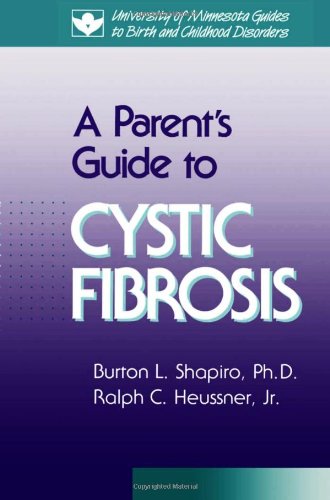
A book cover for Parent's Guide to Cystic Fibrosis (University of Minnesota Guides to Birth and Childhood Disorders); Burton Shapiro; Health, Fitness & Dieting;